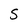
Character: S